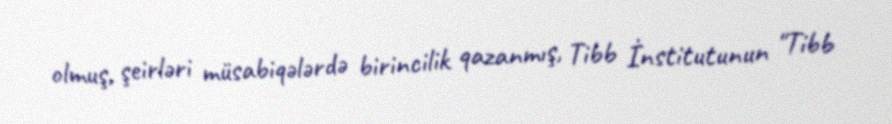
olmuş, şeirləri müsabiqələrdə birincilik qazanmış, Tibb İnstitutunun "Tibb